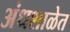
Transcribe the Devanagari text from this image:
अंधशाळेत